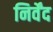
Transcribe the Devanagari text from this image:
निर्वेंद